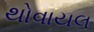
થોવાયલ